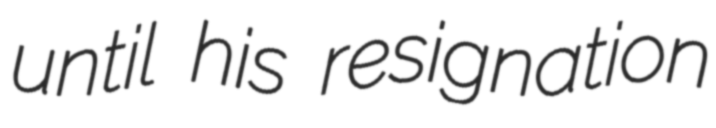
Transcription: until his resignation